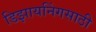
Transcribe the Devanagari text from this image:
डिझायनिंगसाठी